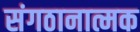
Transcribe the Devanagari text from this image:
संगठानात्मक